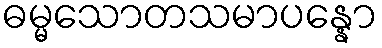
ဓမ္မသောတသမာပန္နော